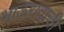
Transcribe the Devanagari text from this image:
भाऊरावाची